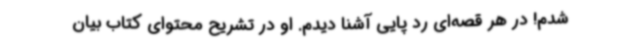
شدم! در هر قصه‌ای رد پایی آشنا دیدم. او در تشریح محتوای کتاب بیان